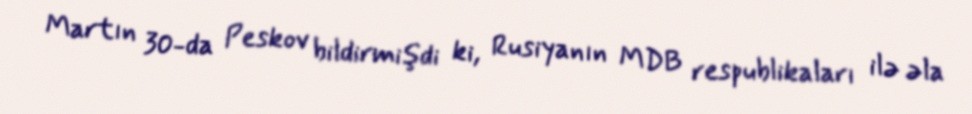
Martın 30-da Peskov bildirmişdi ki, Rusiyanın MDB respublikaları ilə əla